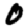
Digit: 0